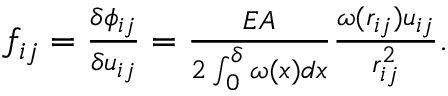
\begin{array} { r } { f _ { i j } = \frac { \delta \phi _ { i j } } { \delta u _ { i j } } = \frac { E A } { 2 \int _ { 0 } ^ { \delta } \omega ( x ) d x } \frac { \omega ( r _ { i j } ) u _ { i j } } { r _ { i j } ^ { 2 } } . } \end{array}